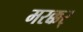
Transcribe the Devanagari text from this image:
मरक्कर्